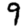
Digit: 9